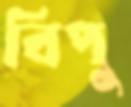
বিপু